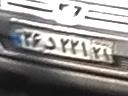
۳۶د۲۲۱۲۱